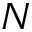
N